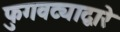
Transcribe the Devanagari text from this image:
फुगवट्याद्वारे